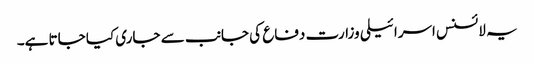
یہ لائسنس اسرائیلی وزارت دفاع کی جانب سے جاری کیا جاتا ہے۔